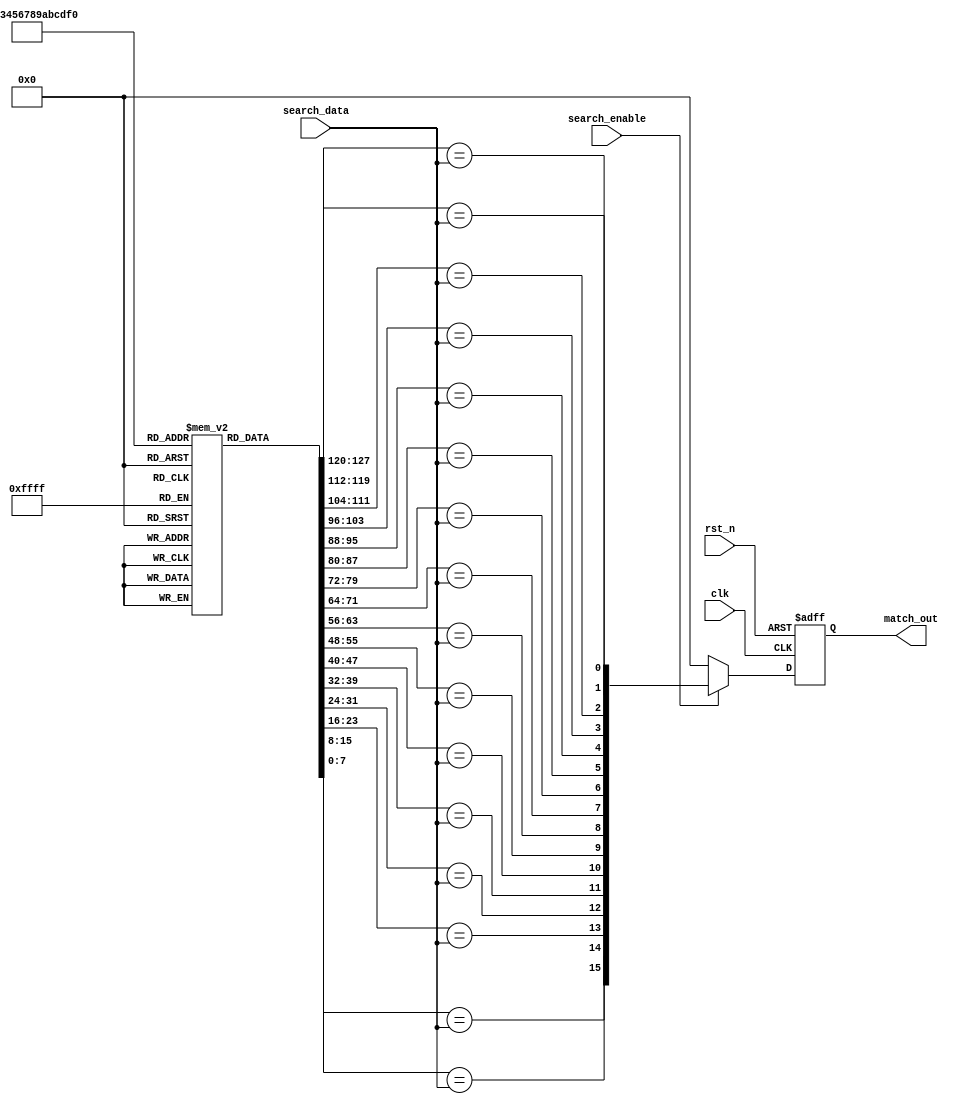
module row_based_cam #(
    parameter ROW_COUNT = 16,  // Number of rows in the CAM
    parameter DATA_WIDTH = 8    // Width of each data entry
)(
    input wire clk,                      // Clock signal
    input wire rst_n,                    // Active low reset
    input wire [DATA_WIDTH-1:0] search_data, // Input search data
    input wire search_enable,             // Enable signal for search operation
    output reg [ROW_COUNT-1:0] match_out // Match output lines
);

// Memory to store CAM entries
reg [DATA_WIDTH-1:0] cam_memory [0:ROW_COUNT-1];

// Match lines for each row
wire [ROW_COUNT-1:0] match_lines;

// Generate match lines based on search data
genvar i;
generate
    for (i = 0; i < ROW_COUNT; i = i + 1) begin : match_logic
        assign match_lines[i] = (cam_memory[i] == search_data);
    end
endgenerate

// Output match detection logic
always @(posedge clk or negedge rst_n) begin
    if (!rst_n) begin
        match_out <= 0;
    end else if (search_enable) begin
        match_out <= match_lines; // Update match output with the current match lines
    end else begin
        match_out <= 0; // Clear match output if search is not enabled
    end
end

// Initialization of CAM memory (for simulation purposes)
initial begin
    // Example initialization of CAM entries
    cam_memory[0] = 8'hAA;
    cam_memory[1] = 8'hBB;
    cam_memory[2] = 8'hCC;
    cam_memory[3] = 8'hDD;
    cam_memory[4] = 8'hEE;
    cam_memory[5] = 8'hFF;
    cam_memory[6] = 8'h00;
    cam_memory[7] = 8'h11;
    cam_memory[8] = 8'h22;
    cam_memory[9] = 8'h33;
    cam_memory[10] = 8'h44;
    cam_memory[11] = 8'h55;
    cam_memory[12] = 8'h66;
    cam_memory[13] = 8'h77;
    cam_memory[14] = 8'h88;
    cam_memory[15] = 8'h99;
end

endmodule